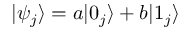
| \psi _ { j } \rangle = a | 0 _ { j } \rangle + b | 1 _ { j } \rangle